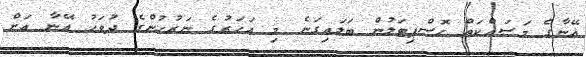
އޭނާގެ މަސައްކަތް ހޮސްޕިޓަލުން ބަލައިގަނެ މި އަހަރުގެ ނަރުހުންގެ ދުވަހު އޭނާ އަށް